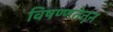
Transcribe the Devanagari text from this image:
विषण्णतेतून